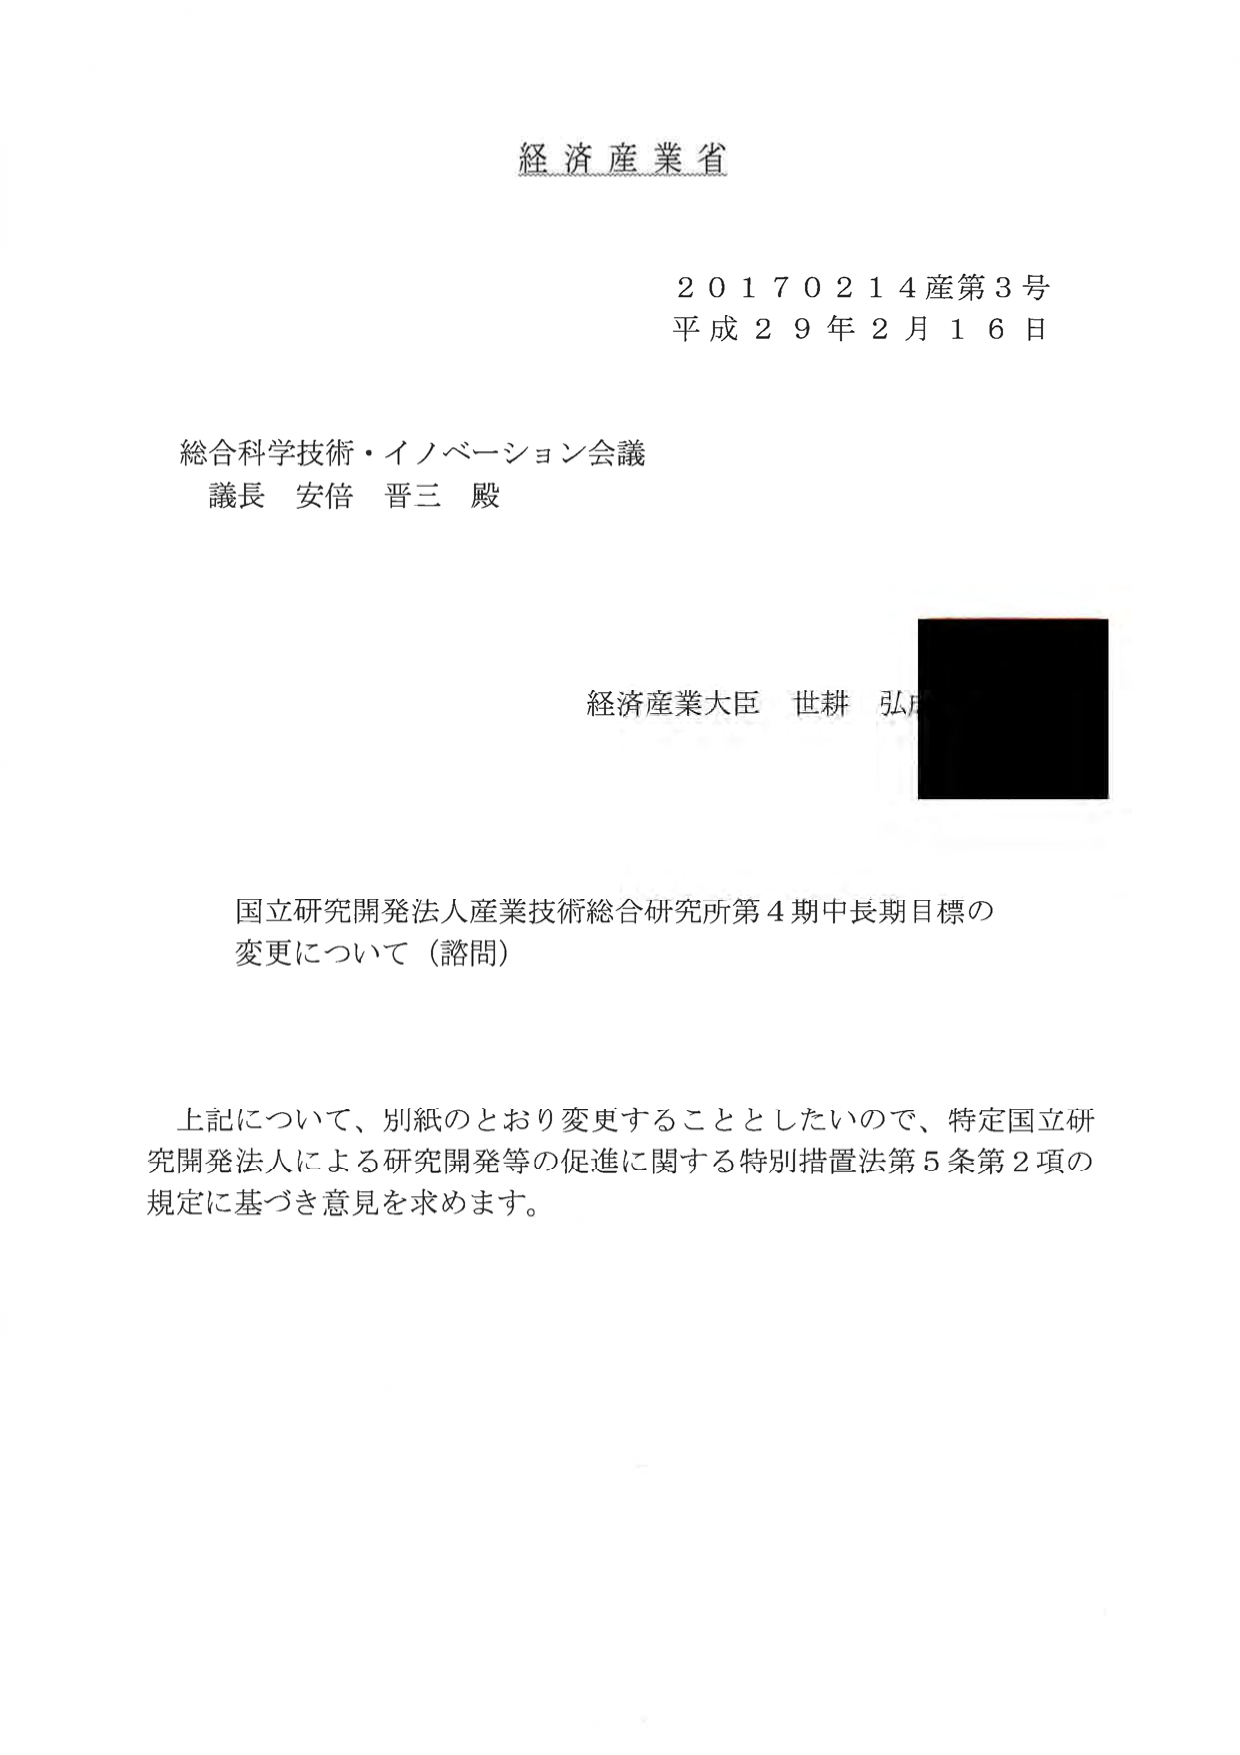
経済産業省

20170214産第3号
平成29年2月16日

総合科学技術・イノベーション会議
議長 安倍 晋三 殿

経済産業大臣 世耕 弘成

国立研究開発法人産業技術総合研究所第4期中長期目標の
変更について（諮問）

上記について、別紙のとおり変更することとしたいので、特定国立研究開発法人による研究開発等の促進に関する特別措置法第5条第2項の
規定に基づき意見を求めます。